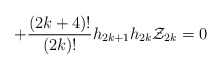
\begin{align*}+ \frac{(2k+4)!}{(2k)!}h_{2k+1}h_{2k}{\cal Z}_{2k} = 0 \end{align*}